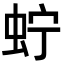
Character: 𧉞